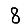
Digit: 8